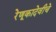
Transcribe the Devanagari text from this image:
रेणूकादेवीचे